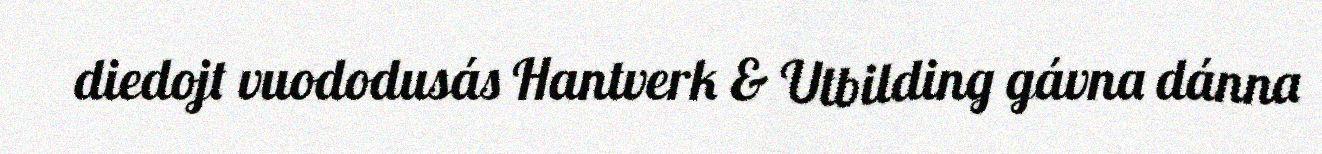
diedojt vuododusás Hantverk & Utbilding gávna dánna